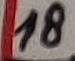
Text: 18